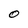
Character: O